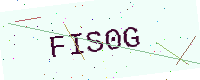
Text: FIS0G